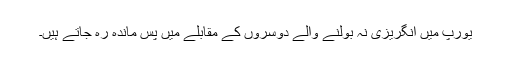
یورپ میں انگریزی نہ بولنے والے دوسروں کے مقابلے میں پس ماندہ رہ جاتے ہیں۔